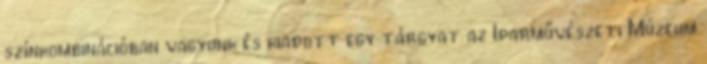
színkombinációban vagyunk és kiadott egy tárgyat az Iparművészeti Múzeum